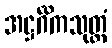
အဋ္ဌင်္ဂိကသုတ္တံ